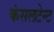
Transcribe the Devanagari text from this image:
कंसलटेन्ट